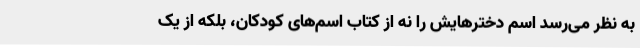
به نظر می‌رسد اسم دخترهایش را نه از کتاب اسم‌های کودکان، بلکه از یک